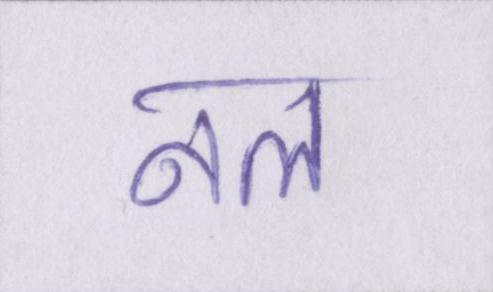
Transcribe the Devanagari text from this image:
नल